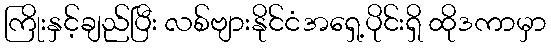
ကြိုးနှင့်ချည်ပြီး လစ်ဗျားနိုင်ငံအရှေ့ပိုင်းရှိ ထိုဒကာမှာ